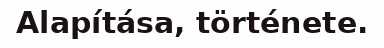
Alapítása, története.